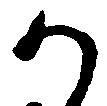
か